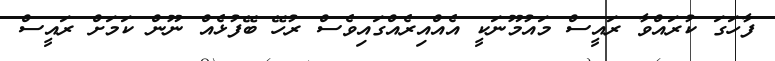
ފާހަގަ ކުރައްވާ ރައީސް މައުމޫނަކީ އެއްއިރެއްގައިވެސް ރުހޭ ބޭފުޅެއް ނޫން ކަމަށް ރައީސް